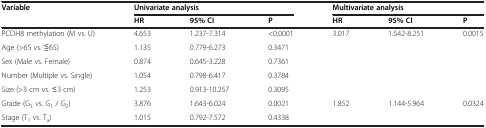
<table><thead><tr><td rowspan="2"><b>Variable</b></td><td colspan="3"><b>Univariate analysis</b></td><td colspan="3"><b>Multivariate analysis</b></td></tr><tr><td><b>HR</b></td><td><b>95% CI</b></td><td><b>P</b></td><td><b>HR</b></td><td><b>95% CI</b></td><td><b>P</b></td></tr></thead><tbody><tr><td>PCDH8 methylation (M vs. U)</td><td>4.653</td><td>1.237-7.314</td><td>&lt;0.0001</td><td>3.017</td><td>1.542-8.251</td><td>0.0015</td></tr><tr><td>Age (&gt;65 vs. ≦65)</td><td>1.135</td><td>0.779-6.273</td><td>0.3471</td><td> </td><td> </td><td> </td></tr><tr><td>Sex (Male vs. Female)</td><td>0.874</td><td>0.645-3.228</td><td>0.7361</td><td> </td><td> </td><td> </td></tr><tr><td>Number (Multiple vs. Single)</td><td>1.054</td><td>0.798-6.417</td><td>0.3784</td><td> </td><td> </td><td> </td></tr><tr><td>Size (&gt;3 cm vs. ≤3 cm)</td><td>1.253</td><td>0.913-10.257</td><td>0.3095</td><td> </td><td> </td><td> </td></tr><tr><td>Grade (G<sub>3</sub> vs. G<sub>1</sub> / G<sub>2</sub>)</td><td>3.876</td><td>1.643-6.024</td><td>0.0021</td><td>1.852</td><td>1.144-5.964</td><td>0.0324</td></tr><tr><td>Stage (T<sub>1</sub> vs. T<sub>a</sub>)</td><td>1.015</td><td>0.792-7.572</td><td>0.4338</td><td> </td><td> </td><td> </td></tr></tbody></table>